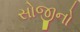
સોજીનો